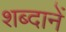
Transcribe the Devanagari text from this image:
शब्दानें